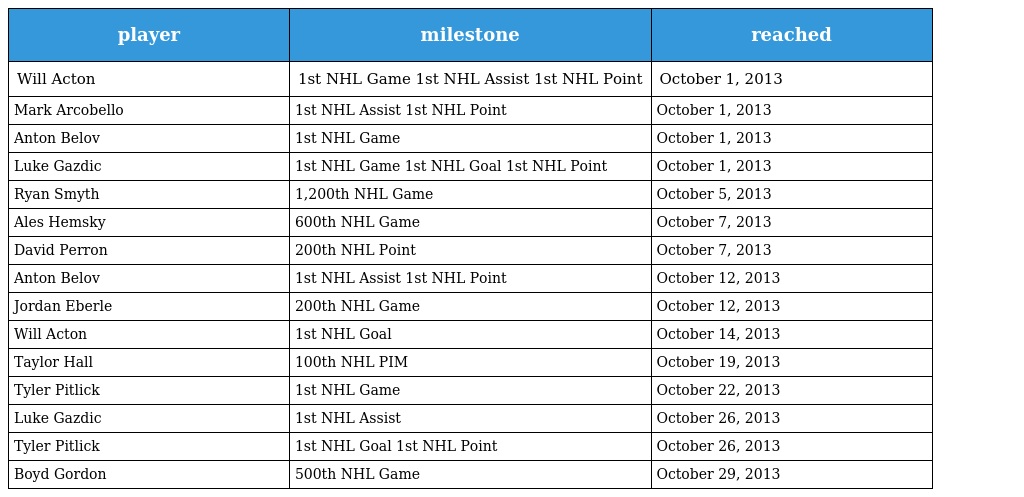
| player | milestone | reached |
 | --- | --- | --- |
 | Will Acton | 1st NHL Game 1st NHL Assist 1st NHL Point | October 1, 2013 |
 | Mark Arcobello | 1st NHL Assist 1st NHL Point | October 1, 2013 |
 | Anton Belov | 1st NHL Game | October 1, 2013 |
 | Luke Gazdic | 1st NHL Game 1st NHL Goal 1st NHL Point | October 1, 2013 |
 | Ryan Smyth | 1,200th NHL Game | October 5, 2013 |
 | Ales Hemsky | 600th NHL Game | October 7, 2013 |
 | David Perron | 200th NHL Point | October 7, 2013 |
 | Anton Belov | 1st NHL Assist 1st NHL Point | October 12, 2013 |
 | Jordan Eberle | 200th NHL Game | October 12, 2013 |
 | Will Acton | 1st NHL Goal | October 14, 2013 |
 | Taylor Hall | 100th NHL PIM | October 19, 2013 |
 | Tyler Pitlick | 1st NHL Game | October 22, 2013 |
 | Luke Gazdic | 1st NHL Assist | October 26, 2013 |
 | Tyler Pitlick | 1st NHL Goal 1st NHL Point | October 26, 2013 |
 | Boyd Gordon | 500th NHL Game | October 29, 2013 |